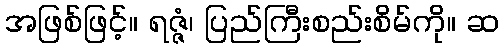
အဖြစ်ဖြင့်။ ရဇ္ဇံ၊ ပြည်ကြီးစည်းစိမ်ကို။ ဆ